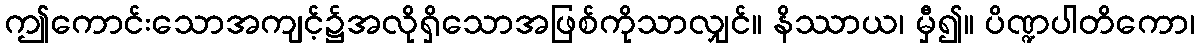
ဤကောင်းသောအကျင့်၌အလိုရှိသောအဖြစ်ကိုသာလျှင်။ နိဿာယ၊ မှီ၍။ ပိဏ္ဍပါတိကော၊